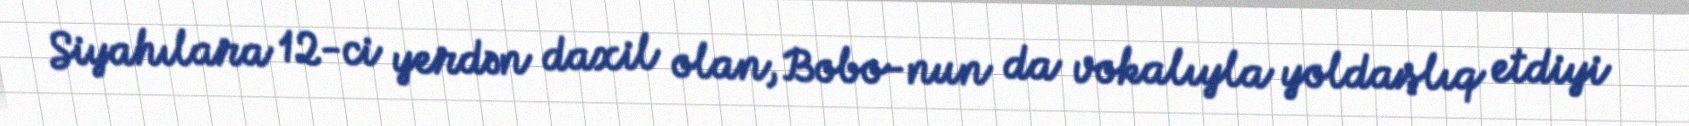
Siyahılara 12-ci yerdən daxil olan, Bobo-nun da vokalıyla yoldaşlıq etdiyi